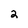
Character: 2